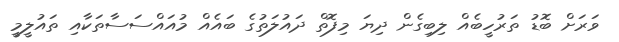
ވަރަށް ބޮޑު ތަރުހީބެއް ލިބިގެން ދިޔަ މިފޮތް ދައުލަތުގެ ބައެއް މުއައްސަސާތަކާއި ތައުލީމީ